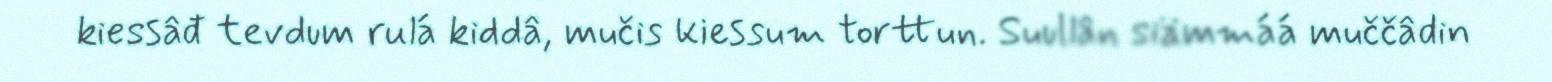
kiessâđ tevdum rulá kiddâ, mučis kiessum torttun. Suullân siämmáá muččâdin